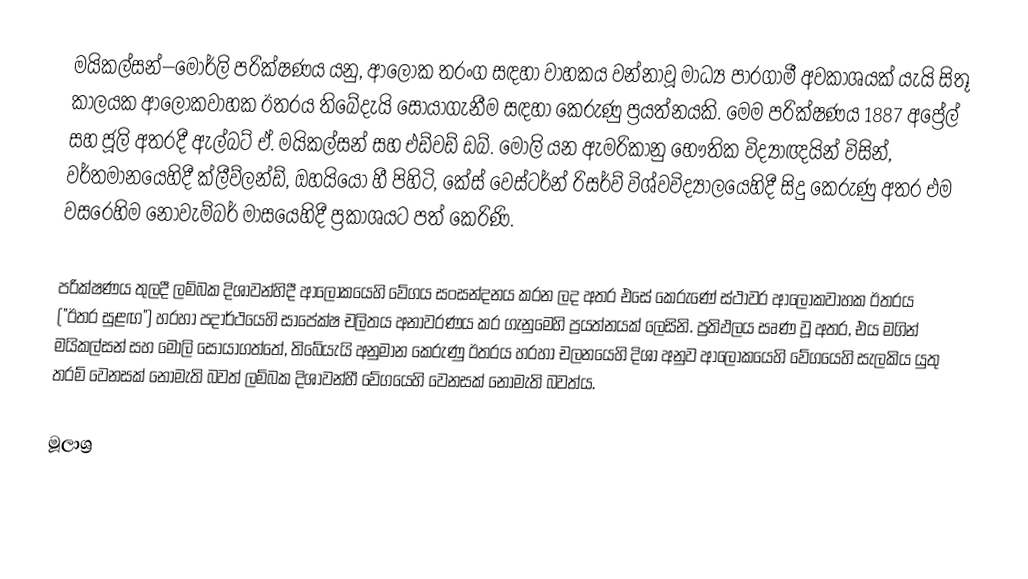
මයිකල්සන්–මෝර්ලි පරික්ෂණය යනු,  ආලෝක තරංග සඳහා වාහකය වන්නාවූ මාධ්‍ය පාරගාමී අවකාශයක් යැයි සිතූ  කාලයක ආලෝකවාහක ඊතරය තිබේදැයි සොයාගැනීම සඳහා කෙරුණු ප්‍රයත්නයකි. මෙම පරික්ෂණය 1887 අප්‍රේල් සහ ජූලි අතරදී ඇල්බට් ඒ. මයිකල්සන් සහ එඩ්වඩ් ඩබ්. මෝලි යන ඇමරිකානු භෞතික විද්‍යාඥයින් විසින්,  වර්තමානයෙහිදී ක්ලීව්ලන්ඩ්, ඔහයියෝ හී පිහිටි,   කේස් වෙස්ටර්න් රිසර්ව් විශ්වවිද්‍යාලයෙහිදී සිදු කෙරුණු අතර එම වසරෙහිම නොවැම්බර් මාසයෙහිදී ප්‍රකාශයට පත් කෙරිණි.

පරික්ෂණය තුලදී ලම්බක දිශාවන්හිදී ආලෝකයෙහි වේගය සංසන්දනය කරන ලද අතර එසේ කෙරුණේ ස්ථාවර  ආලෝකවාහක ඊතරය ("ඊතර සුළඟ") හරහා පදාර්ථයෙහි සාපේක්ෂ චලිතය අනාවරණය කර ගැනුමෙහි ප්‍රයත්නයක් ලෙසිනි. ප්‍රතිඵලය සෘණ වූ අතර, එය මගින් මයිකල්සන් සහ මෝලි සොයාගත්තේ, තිබේයැයි අනුමාන කෙරුණු ඊතරය හරහා චලනයෙහි දිශා අනුව ආලෝකයෙහි වේගයෙහි සැලකිය යුතු තරම් වෙනසක් නොමැති බවත් ලම්බක දිශාවන්හී වේගයෙහි වෙනසක් නොමැති බවත්ය.

මූලාශ්‍ර